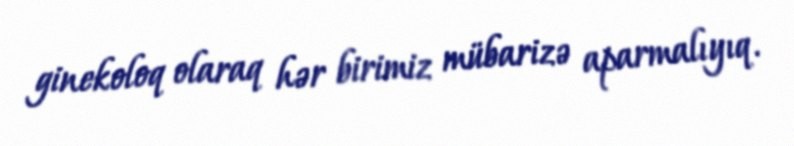
ginekoloq olaraq hər birimiz mübarizə aparmalıyıq.